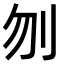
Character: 刎